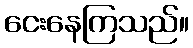
ငေးနေကြသည်။